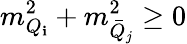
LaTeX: m_{Q_{\mathbf{i}}}^{2}+m_{\bar{{Q}}_{j}}^{2}\geq0